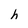
Character: h